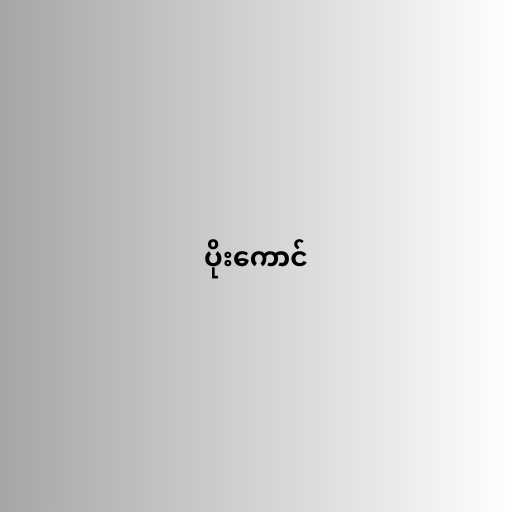
ပိုးကောင်